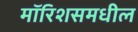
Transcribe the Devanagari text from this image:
मॉरिशसमधील